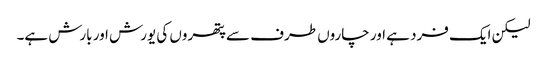
لیکن ایک فرد ہے اور چاروں طرف سے پتھروں کی یورش اور بارش ہے۔